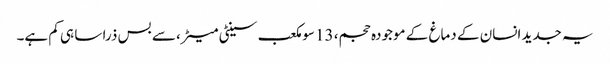
یہ جدید انسان کے دماغ کے موجودہ حجم، 13 سو مکعب سینٹی میٹر، سے بس ذرا سا ہی کم ہے۔